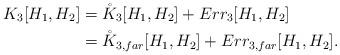
LaTeX: \begin{align*}K_3[H_1,H_2]&=\mathring{K}_3[H_1,H_2]+Err_3[H_1,H_2]\\ &=\mathring{K}_{3,far}[H_1,H_2]+Err_{3,far}[H_1,H_2].\\\end{align*}